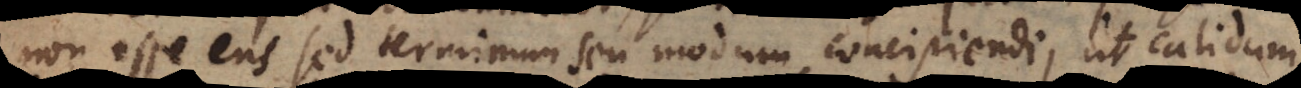
non esse ens sed terminum seu modum concipiendi ut calidum,